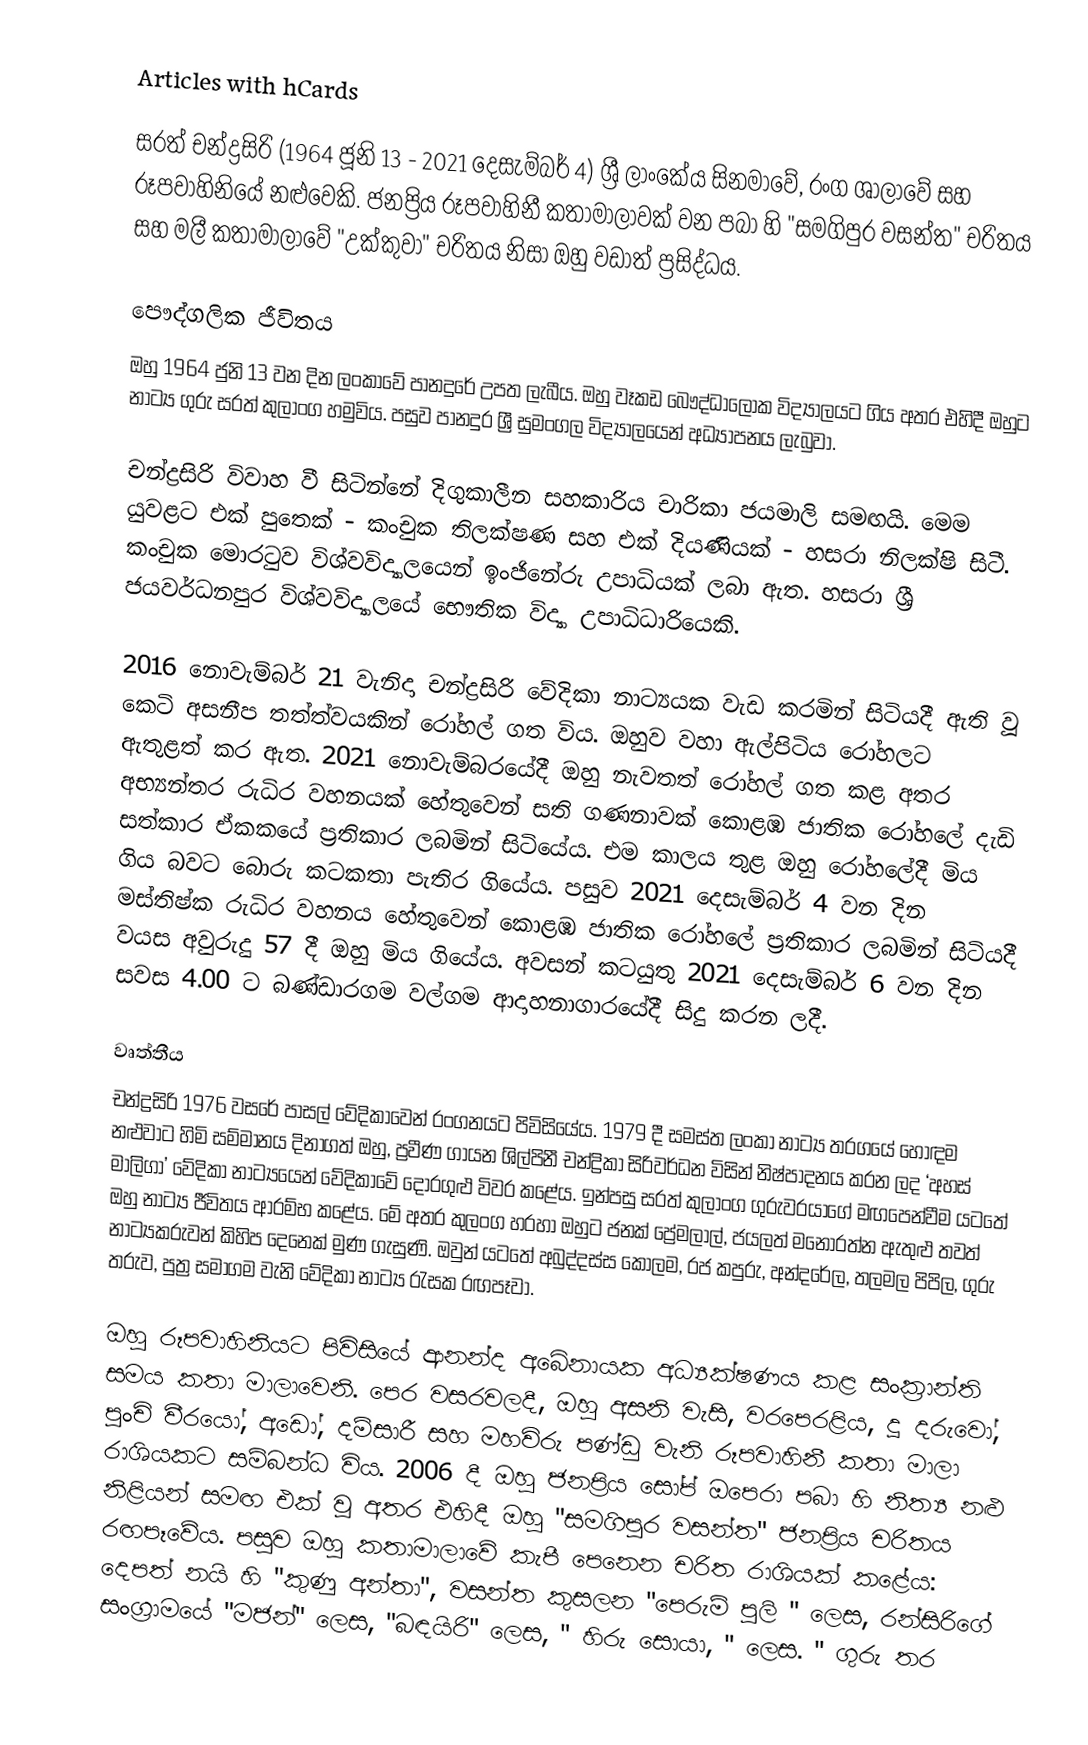
Articles with hCards

සරත් චන්ද්‍රසිරි (1964 ජූනි 13 - 2021 දෙසැම්බර් 4) ශ්‍රී ලාංකේය සිනමාවේ, රංග ශාලාවේ සහ රූපවාහිනියේ නළුවෙකි. ජනප්‍රිය රූපවාහිනී කතාමාලාවක් වන පබා හි "සමගිපුර වසන්ත" චරිතය සහ මලී කතාමාලාවේ "උක්කුවා" චරිතය නිසා ඔහු වඩාත් ප්‍රසිද්ධය.

පෞද්ගලික ජීවිතය
ඔහු 1964 ජුනි 13 වන දින ලංකාවේ පානදුරේ උපත ලැබීය. ඔහු වෑකඩ බෞද්ධාලෝක විද්‍යාලයට ගිය අතර එහිදී ඔහුට නාට්‍ය ගුරු සරත් කුලාංග හමුවිය. පසුව පානදුර ශ්‍රී සුමංගල විද්‍යාලයෙන් අධ්‍යාපනය ලැබුවා.

චන්ද්‍රසිරි විවාහ වී සිටින්නේ දිගුකාලීන සහකාරිය චාරිකා ජයමාලි සමඟයි. මෙම යුවළට එක් පුතෙක් - කංචුක තිලක්ෂණ සහ එක් දියණියක් - හසරා නිලක්ෂි සිටී. කංචුක මොරටුව විශ්වවිද්‍යාලයෙන් ඉංජිනේරු උපාධියක් ලබා ඇත. හසරා ශ්‍රී ජයවර්ධනපුර විශ්වවිද්‍යාලයේ භෞතික විද්‍යා උපාධිධාරියෙකි.

2016 නොවැම්බර් 21 වැනිදා චන්ද්‍රසිරි වේදිකා නාට්‍යයක වැඩ කරමින් සිටියදී ඇති වූ කෙටි අසනීප තත්ත්වයකින් රෝහල් ගත විය. ඔහුව වහා ඇල්පිටිය රෝහලට ඇතුළත් කර ඇත. 2021 නොවැම්බරයේදී ඔහු නැවතත් රෝහල් ගත කළ අතර අභ්‍යන්තර රුධිර වහනයක් හේතුවෙන් සති ගණනාවක් කොළඹ ජාතික රෝහලේ දැඩි සත්කාර ඒකකයේ ප්‍රතිකාර ලබමින් සිටියේය. එම කාලය තුළ ඔහු රෝහලේදී මිය ගිය බවට බොරු කටකතා පැතිර ගියේය. පසුව 2021 දෙසැම්බර් 4 වන දින මස්තිෂ්ක රුධිර වහනය හේතුවෙන් කොළඹ ජාතික රෝහලේ ප්‍රතිකාර ලබමින් සිටියදී වයස අවුරුදු 57 දී ඔහු මිය ගියේය. අවසන් කටයුතු 2021 දෙසැම්බර් 6 වන දින සවස 4.00 ට බණ්ඩාරගම වල්ගම ආදාහනාගාරයේදී සිදු කරන ලදී.

වෘත්තීය
චන්ද්‍රසිරි 1976 වසරේ පාසල් වේදිකාවෙන් රංගනයට පිවිසියේය. 1979 දී සමස්ත ලංකා නාට්‍ය තරගයේ හොඳම නළුවාට හිමි සම්මානය දිනාගත් ඔහු, ප්‍රවීණ ගායන ශිල්පිනී චන්ද්‍රිකා සිරිවර්ධන විසින් නිෂ්පාදනය කරන ලද ‘අහස් මාලිගා’ වේදිකා නාට්‍යයෙන් වේදිකාවේ දොරගුළු විවර කළේය.  ඉන්පසු සරත් කුලාංග ගුරුවරයාගේ මඟපෙන්වීම යටතේ ඔහු නාට්‍ය ජීවිතය ආරම්භ කළේය. මේ අතර කුලංග හරහා ඔහුට ජනක් ප්‍රේමලාල්, ජයලත් මනෝරත්න ඇතුළු තවත් නාට්‍යකරුවන් කිහිප දෙනෙක් මුණ ගැසුණි. ඔවුන් යටතේ අබුද්දස්ස කෝලම, රජ කපුරු, අන්දරේල, තලමල පිපිල, ගුරු තරුව, පුත්‍ර සමාගම වැනි වේදිකා නාට්‍ය රැසක රඟපෑවා.

ඔහු රූපවාහිනියට පිවිසියේ ආනන්ද අබේනායක අධ්‍යක්ෂණය කළ සංක්‍රාන්ති සමය කතා මාලාවෙනි. පෙර වසරවලදී, ඔහු අසනි වැසි, වරපෙරළිය, දූ දරුවෝ, පුංචි වීරයෝ, අඩෝ, දම්සාරී සහ මහවිරු පණ්ඩු වැනි රූපවාහිනී කතා මාලා රාශියකට සම්බන්ධ විය.  2006 දී ඔහු ජනප්‍රිය සෝප් ඔපෙරා පබා හි නිත්‍ය නළු නිළියන් සමඟ එක් වූ අතර එහිදී ඔහු "සමගිපුර වසන්ත" ජනප්‍රිය චරිතය රඟපෑවේය. පසුව ඔහු කතාමාලාවේ කැපී පෙනෙන චරිත රාශියක් කළේය: දෙපත් නයි හි "කුණු අන්තා", වසන්ත කුසලන "පෙරුම් පුලි " ලෙස, රන්සිරිගේ සංග්‍රාමයේ "මජන්" ලෙස, "බඳයිරි" ලෙස, " හිරු සොයා, " ලෙස. " ගුරු තර